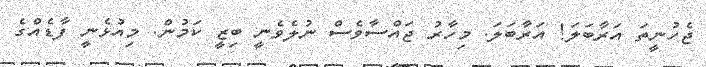
ޖެހުނީތަ އަރާބަލަ! އަރާބަލަ. މިހާރު ޖައްސާވެސް ނުލެވެނީ ބިޒީ ކަމުން. މިއުޅެނީ ފާޑެއްގެ